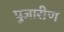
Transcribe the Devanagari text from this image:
पुजारीण